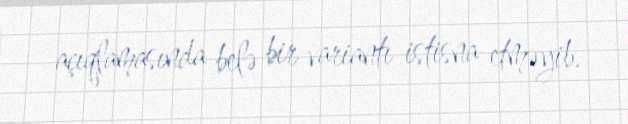
açıqlamasında belə bir variantı istisna etməyib.